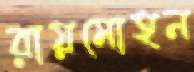
রায়মোহন